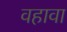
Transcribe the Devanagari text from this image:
वहावा